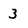
Character: 3